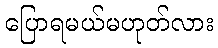
ပြောရမယ်မဟုတ်လား